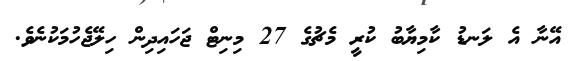
އޭނާ އެ ލަނޑު ކާމިޔާބު ކުރީ މެޗުގެ 27 މިނިޓް ޖަހައިދިން ހިލޭޖެހުމަކުނެވެ.